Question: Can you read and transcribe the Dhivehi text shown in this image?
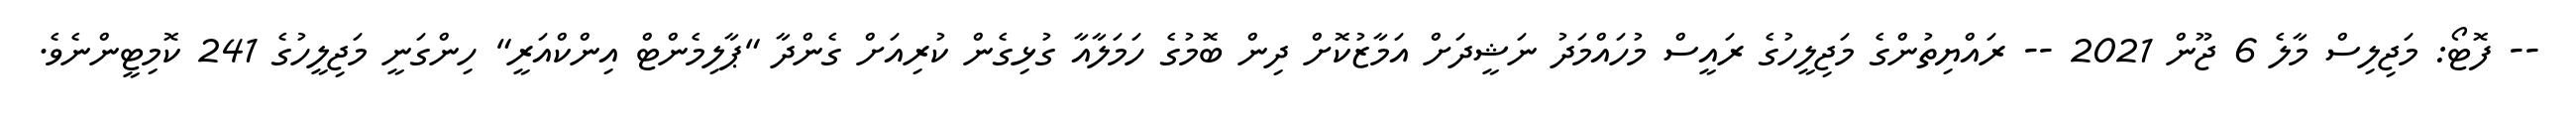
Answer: -- ފޮޓޯ: މަޖިލިސް މާލެ 6 ޖޫން 2021 -- ރައްޔިތުންގެ މަޖިލީހުގެ ރައީސް މުހައްމަދު ނަޝީދަށް އަމާޒުކޮށް ދިން ބޮމުގެ ހަމަލާއާ ގުޅިގެން ކުރިއަށް ގެންދާ "ޕާލިމެންޓް އިންކްއަރީ" ހިންގަނީ މަޖިލީހުގެ 241 ކޮމިޓީންނެވެ.